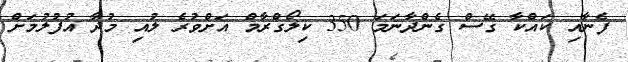
ފެނާއި ކައްކާ ގޭސް ގެންދާނަމަ 350 ކިލޯގްރާމް އަށްވުރެ ލުއި މުދާ އުފުލުމަށް